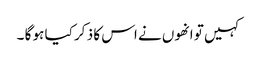
کہیں تو انھوں نے اس کا ذ کر کیا ہو گا ۔